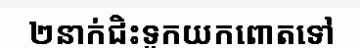
២នាក់ជិះទូកយកពោតទៅ